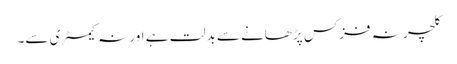
کلچر نہ فزکس پڑھانے سے بدلت ہے اور نہ کیمسٹری سے۔